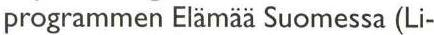
programmen Elämää Suomessa (Li-